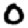
Digit: 0